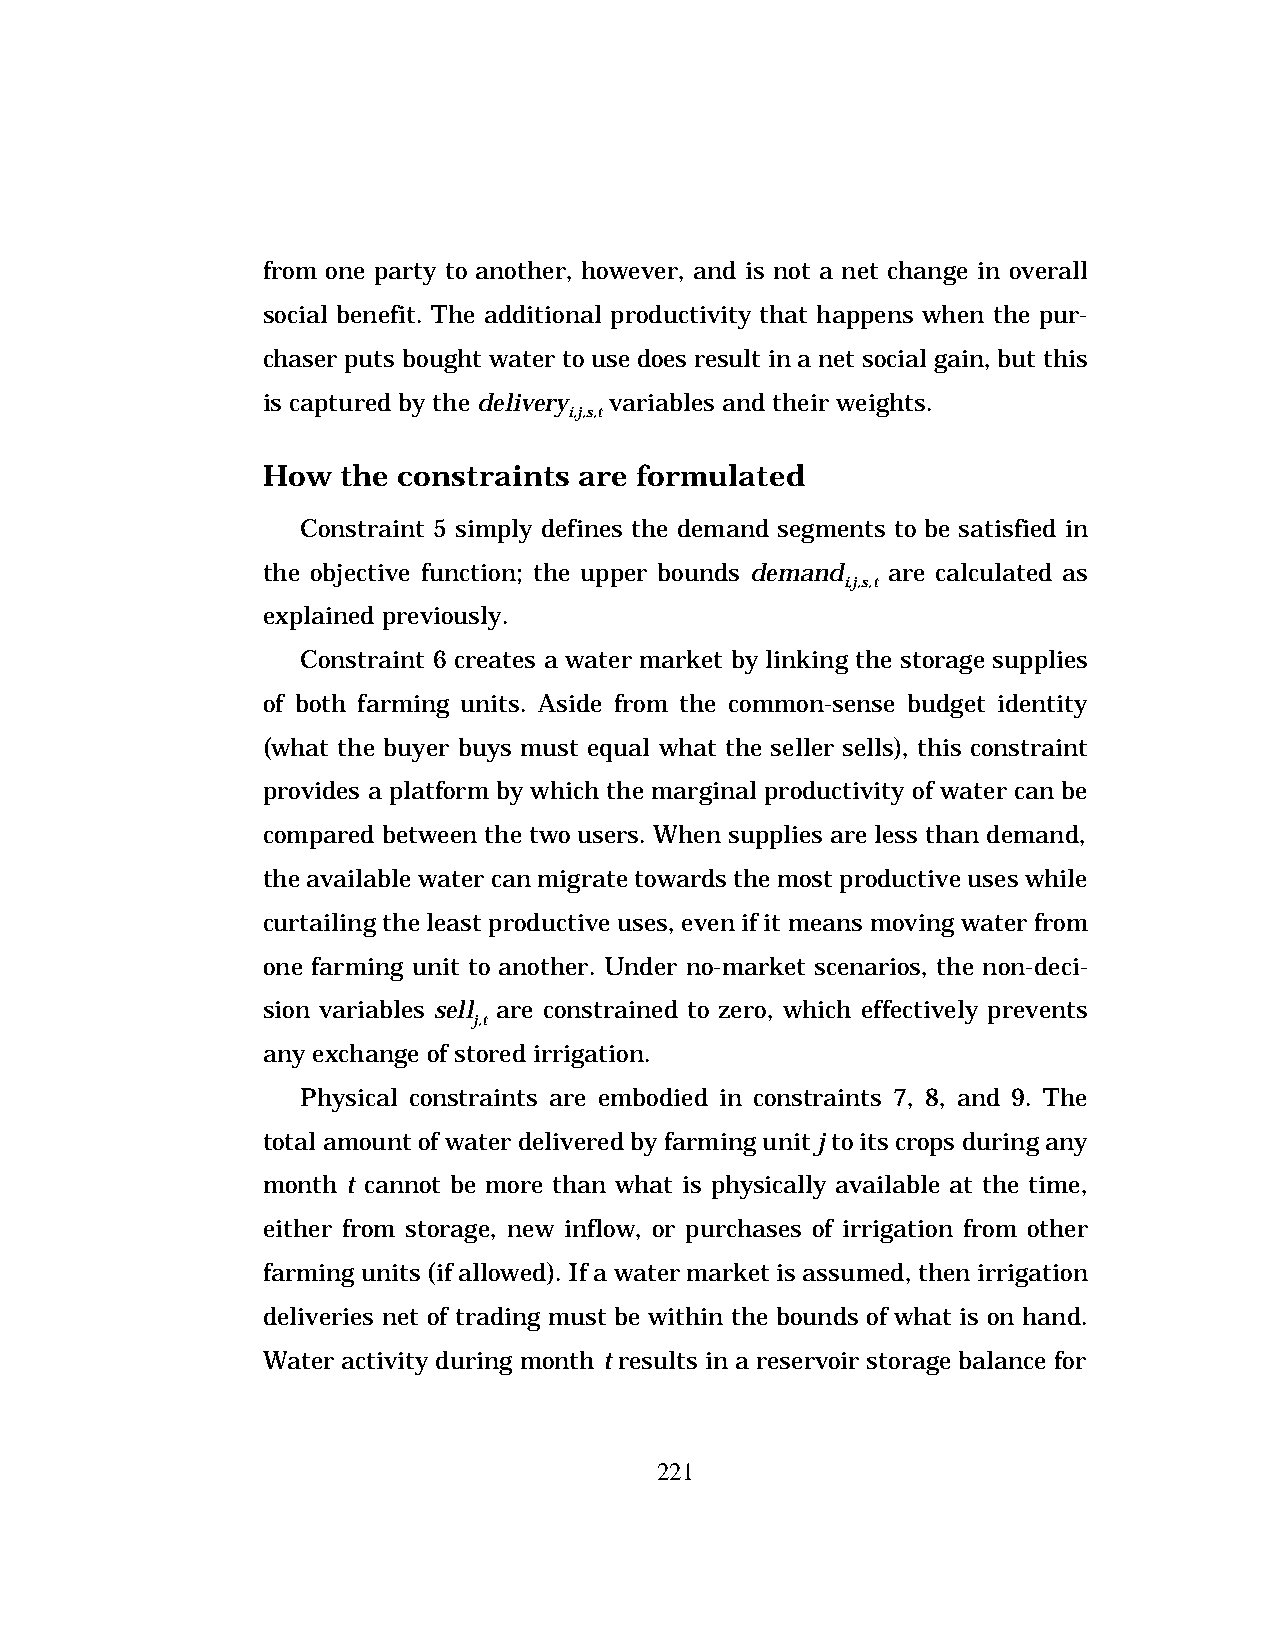
from one party to another, however, and is not a net change in overall
 social benefit. The additional productivity that happens when the pur-
 chaser puts bought water to use does result in a net social gain, but this
 is captured by the delivery variables and their weights.
 i,j,s,t
 How   the constraints are formulated
 Constraint 5 simply defines the demand segments to be satisfied in
 the objective function; the upper bounds demand are calculated as
 i,j,s,t
 explained previously.
 Constraint 6 creates a water market by linking the storage supplies
 of both farming units. Aside from the common-sense budget identity
 (what the buyer buys must equal what the seller sells), this constraint
 provides a platform by which the marginal productivity of water can be
 compared between the two users. When supplies are less than demand,
 the available water can migrate towards the most productive uses while
 curtailing the least productive uses, even if it means moving water from
 one farming unit to another. Under no-market scenarios, the non-deci-
 sion variables sell are constrained to zero, which effectively prevents
 j,t
 any exchange of stored irrigation.
 Physical constraints are embodied in constraints 7, 8, and 9. The
 total amount of water delivered by farming unit j to its crops during any
 month t cannot be more than what is physically available at the time,
 either from storage, new inflow, or purchases of irrigation from other
 farming units (if allowed). If a water market is assumed, then irrigation
 deliveries net of trading must be within the bounds of what is on hand.
 Water activity during month t results in a reservoir storage balance for
 221